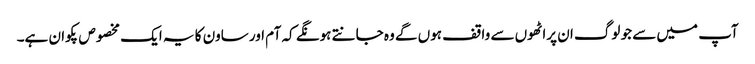
آپ میں سے جو لوگ ان پراٹھوں سے واقف ہوں گے وہ جانتے ہونگے کہ آم اور ساون کا یہ ایک مخصوص پکوان ہے۔